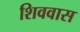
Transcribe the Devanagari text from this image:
शिववास